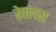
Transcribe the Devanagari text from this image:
रेक्लस